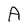
Character: A